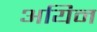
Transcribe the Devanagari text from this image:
अयिन